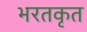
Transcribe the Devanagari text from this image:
भरतकृत